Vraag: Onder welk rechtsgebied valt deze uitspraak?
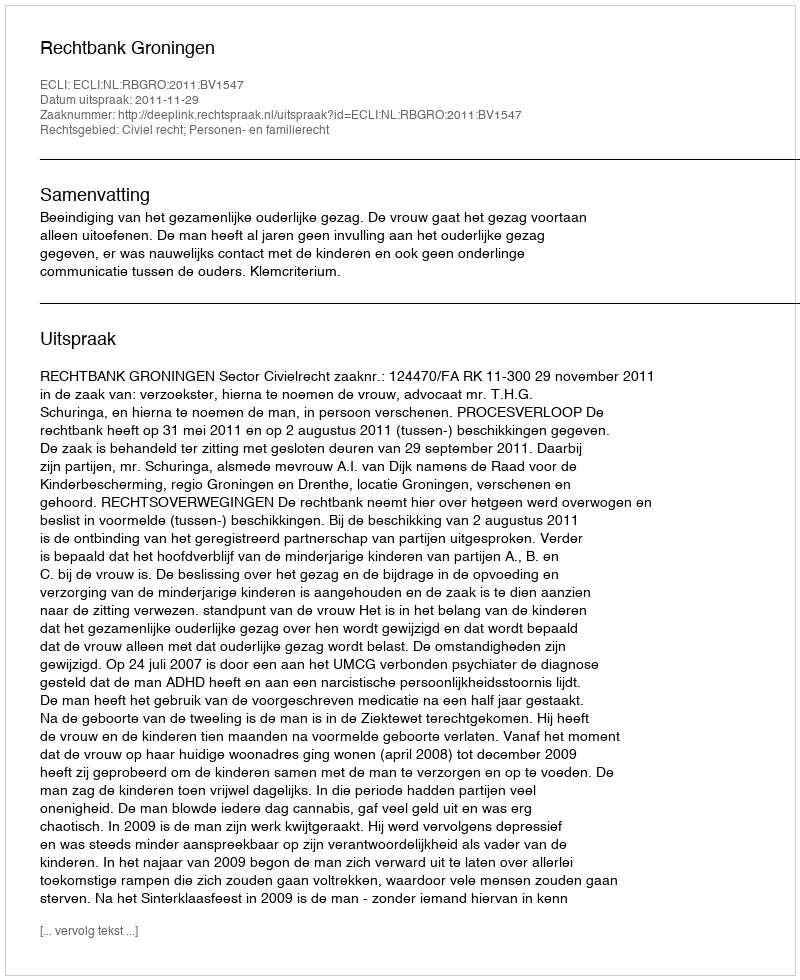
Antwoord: Civiel recht; Personen- en familierecht